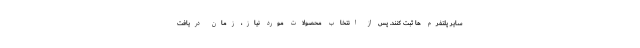
سایر پلتفرم ها ثبت کنند. پس از انتخاب محصولات مورد نیاز، زمان دریافت